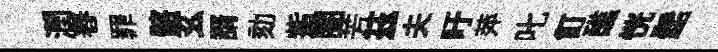
潤舂罪髂玄諝劾觜閱芳茲夫吁萍叱飣醮恍髭